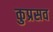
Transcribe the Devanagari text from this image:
कुप्रसव